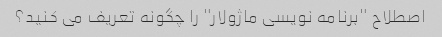
اصطلاح "برنامه نویسی ماژولار" را چگونه تعریف می کنید؟